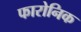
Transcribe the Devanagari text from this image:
फारोनिक